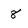
Character: 8